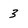
Character: 3